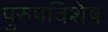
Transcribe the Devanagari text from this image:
पुरुषविशेषः